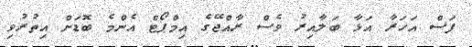
ފަސް އަހަރާ އަޅާ ބަލާއިރު ވެސް ރާއްޖޭގެ އިމްޕޯޓް އެންމެ ބޮޑަށް އިތުރުވި